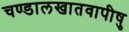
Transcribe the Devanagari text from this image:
चण्डालखातवापीषु